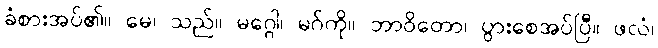
ခံစားအပ်၏။ မေ၊ သည်။ မဂ္ဂေါ၊ မဂ်ကို။ ဘာဝိတော၊ ပွားစေအပ်ပြီ။ ဖလံ၊